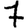
Digit: 7